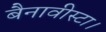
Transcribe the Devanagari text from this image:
बैनावीस्टा।